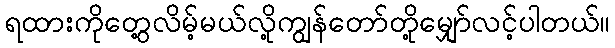
ရထားကိုတွေ့လိမ့်မယ်လို့ကျွန်တော်တို့မျှော်လင့်ပါတယ်။